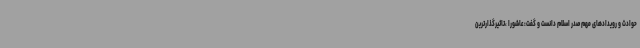
حوادث و رویدادهای مهم صدر اسلام دانست و گفت:عاشورا ،تاثیرگذارترین